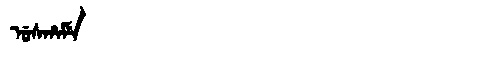
Manchu: ᡠᠰᡥᠠᠮᡝ
Romanization: USHAME